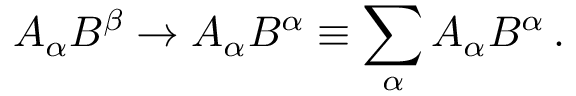
A _ { \alpha } B ^ { \beta } \rightarrow A _ { \alpha } B ^ { \alpha } \equiv \sum _ { \alpha } A _ { \alpha } B ^ { \alpha } \, .